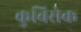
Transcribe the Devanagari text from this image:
कुबिसेक